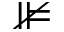
\nVDash